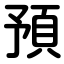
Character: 預